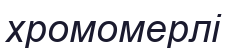
хромомерлі